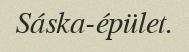
Sáska-épület.